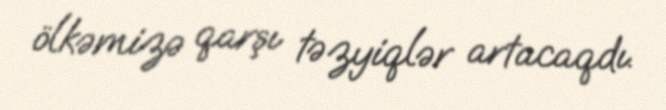
ölkəmizə qarşı təzyiqlər artacaqdı.